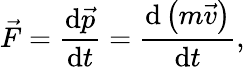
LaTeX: {\vec{F}}={\frac{\mathrm{d}{\vec{p}}}{\mathrm{d}t}}={\frac{\mathrm{d}\left(m{\vec{v}}\right)}{\mathrm{d}t}},